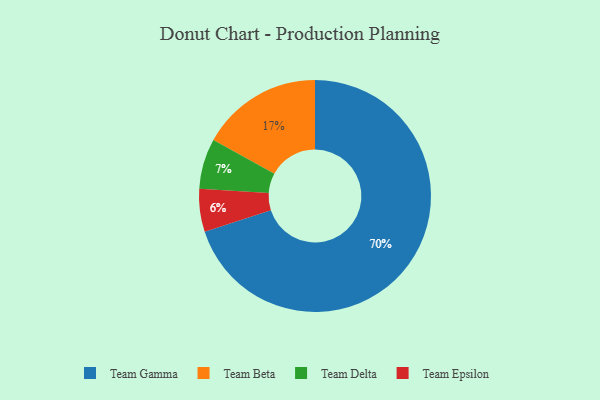
{"axis": {"x": "Category", "y": "Percentage"}, "legend": ["Team Beta", "Team Delta", "Team Epsilon", "Team Gamma"], "data": [{"x": "Team Epsilon", "y": 6, "type": "Team Epsilon"}, {"x": "Team Delta", "y": 7, "type": "Team Delta"}, {"x": "Team Beta", "y": 17, "type": "Team Beta"}, {"x": "Team Gamma", "y": 70, "type": "Team Gamma"}]}